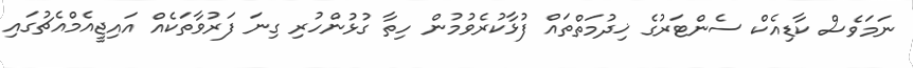
ނަމަވެސް ކާޑިއެކް ސެންޓަރުގެ ޚިދުމަތްތައް ފުޅާކުރެވުމުން ހިތާ ގުޅުންހުރި ގިނަ ފަރުވާތަކެއް އައިޖީއެމްއެޗުގައި